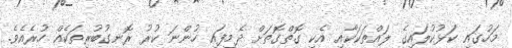
މަހުގައި ކަޅުކުލައިގެ ލައްތަކަކާއި އެކި ގޮތްގޮތަށް ދެމިފައި ހުންނަ ކުރު ރޮނގުބުރިތަކެއް ހުރެއެވެ.